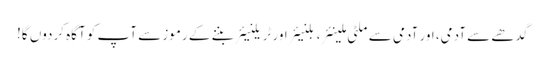
گدھے سے آدمی، اور آدمی سے ملٹی ملینئر، بلنیئر اور ٹریلنیئر بننے کے رموز سے آپ کو آگاہ کردوں گا!